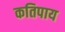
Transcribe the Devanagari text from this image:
कतिपाय